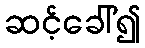
ဆင့်ခေါ်၍